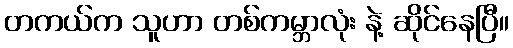
တကယ်က သူဟာ တစ်ကမ္ဘာလုံး နဲ့ ဆိုင်နေပြီ။